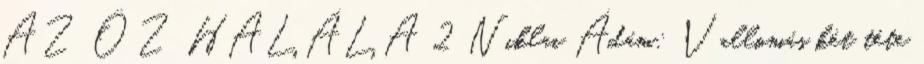
AZ ŐZ HALÁLA 2 Niklai Ádám: Vallomás két téte